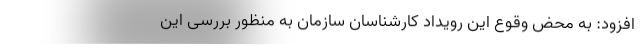
افزود: به محض وقوع این رویداد کارشناسان سازمان به منظور بررسی این